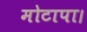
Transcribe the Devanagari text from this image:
मोटापा।